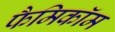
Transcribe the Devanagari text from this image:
फैमिकॉम